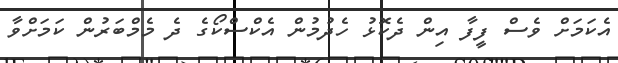
އެކަމަށް ވެސް ފީފާ އިން ދެކޮޅު ހެދުމުން އެކްސްކޯގެ ދެ މެމްބަރުން ކަމަށްވާ